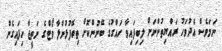
ނަމަވެސް އެދުވަހު ރައްޔިތުންނަށް ލިބިފައިވާ ހައްގުގެ ބޭނުންކޮށް ތިބޭފުޅުންލާ ވޯޓްގެ ނަތީޖާ ހިފައިގެން